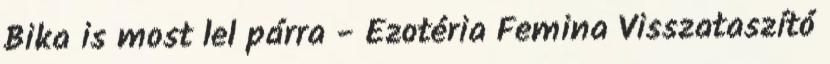
Bika is most lel párra - Ezotéria Femina Visszataszító